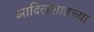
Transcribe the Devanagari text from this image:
आदिलशाहच्या